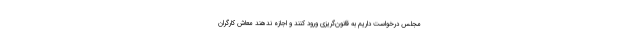
مجلس درخواست داریم به قانون‌گریزی ورود کنند و اجازه ندهند معاش کارگران